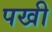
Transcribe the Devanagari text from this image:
पखी